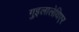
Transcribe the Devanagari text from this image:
गुइलालेथिएर